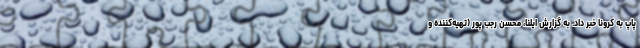
پاپ به کرونا خبر داد. به گزارش ایلنا، محسن رجب ‌پور (تهیه‌کننده و